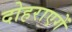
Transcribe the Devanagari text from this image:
दोहराएगें